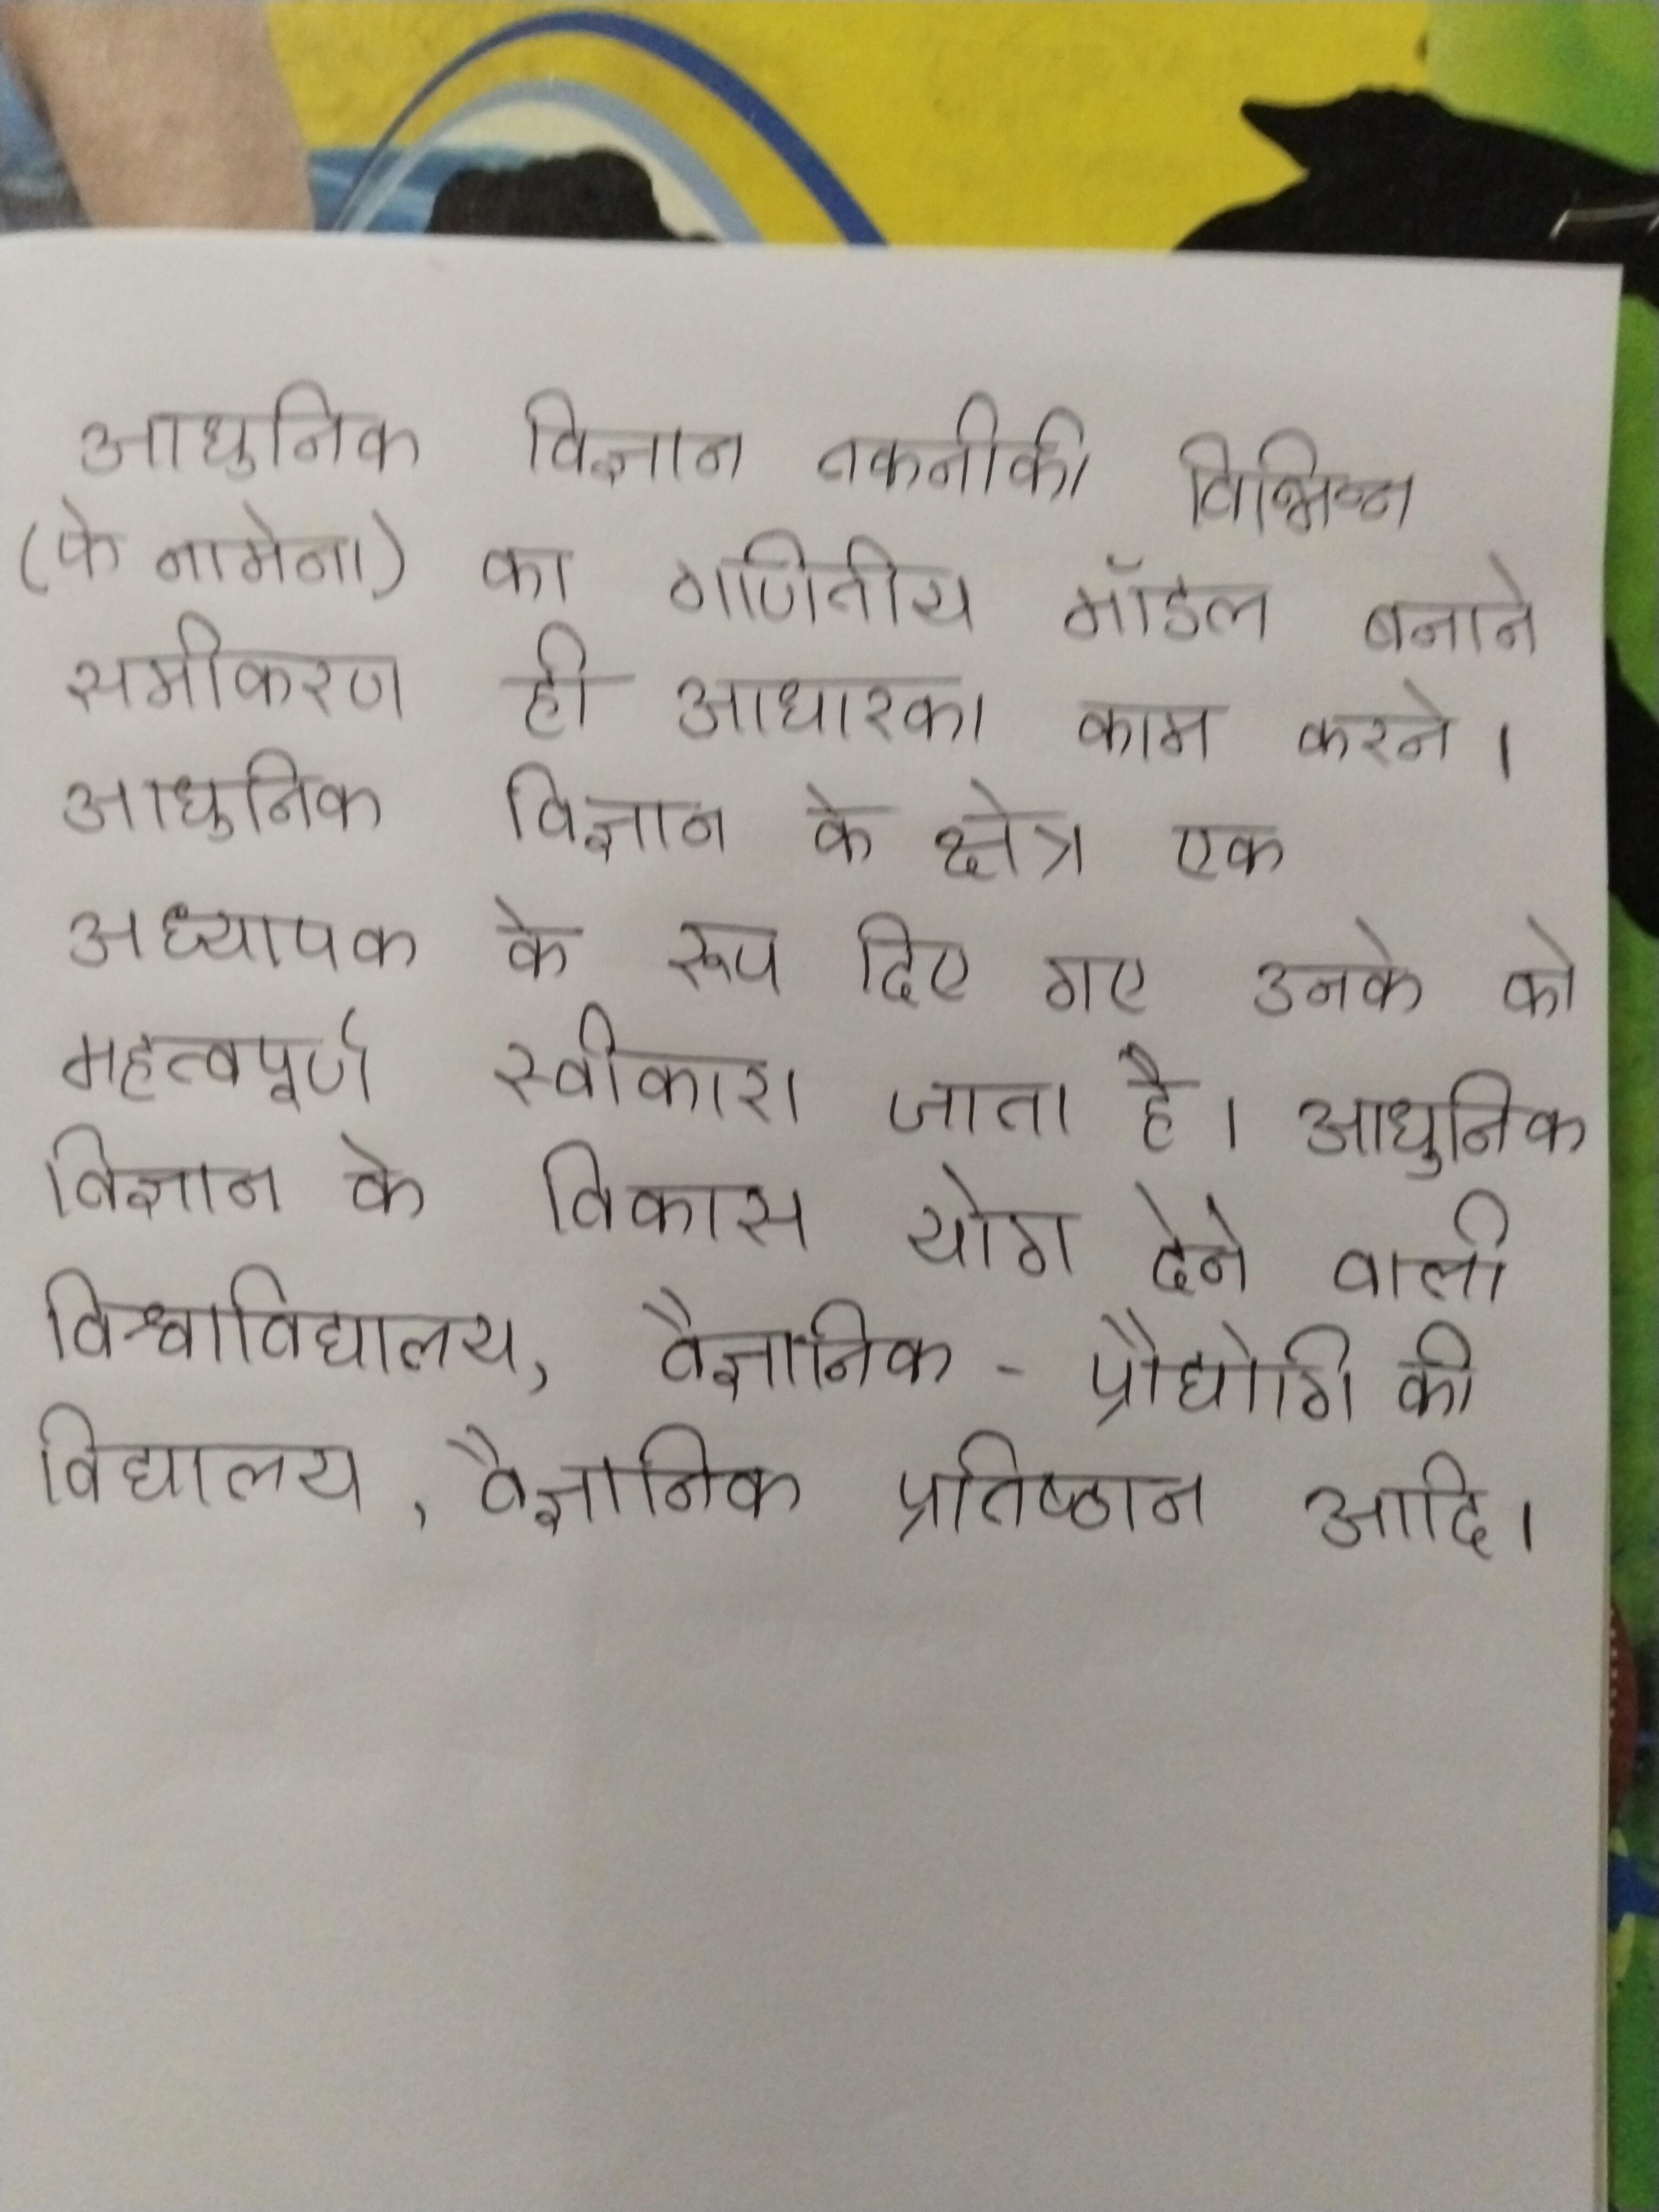
आधुनिक विज्ञान तकनीकी विभिन्न (फेनामेना) का गणितीय मॉडल बनाने समीकरण ही आधारका काम करने । आधुनिक विज्ञान के क्षेत्र एक अध्यापक के रूप दिए गए उनके को महत्वपूर्ण स्वीकारा जाता है । आधुनिक विज्ञान के विकास योग देने वाली विश्वविद्यालय, वैज्ञानिक - प्रौद्योगिकी विद्यालय, वैज्ञानिक प्रतिष्ठान आदि ।